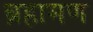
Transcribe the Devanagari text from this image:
ब्रहामण